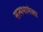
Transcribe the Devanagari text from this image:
सत्यभामेला